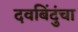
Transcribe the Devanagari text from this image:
दवबिंदुंचा